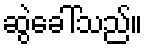
ဆွဲခေါ်သည်။